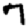
Digit: 7